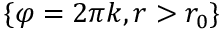
\{ \varphi = 2 \pi k , r > r _ { 0 } \}